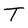
Character: T